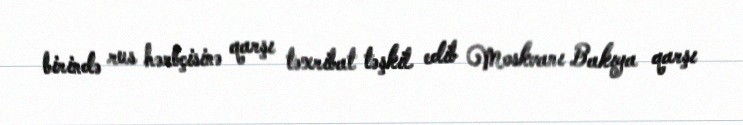
birində rus hərbçisinə qarşı təxribat təşkil edib Moskvanı Bakıya qarşı